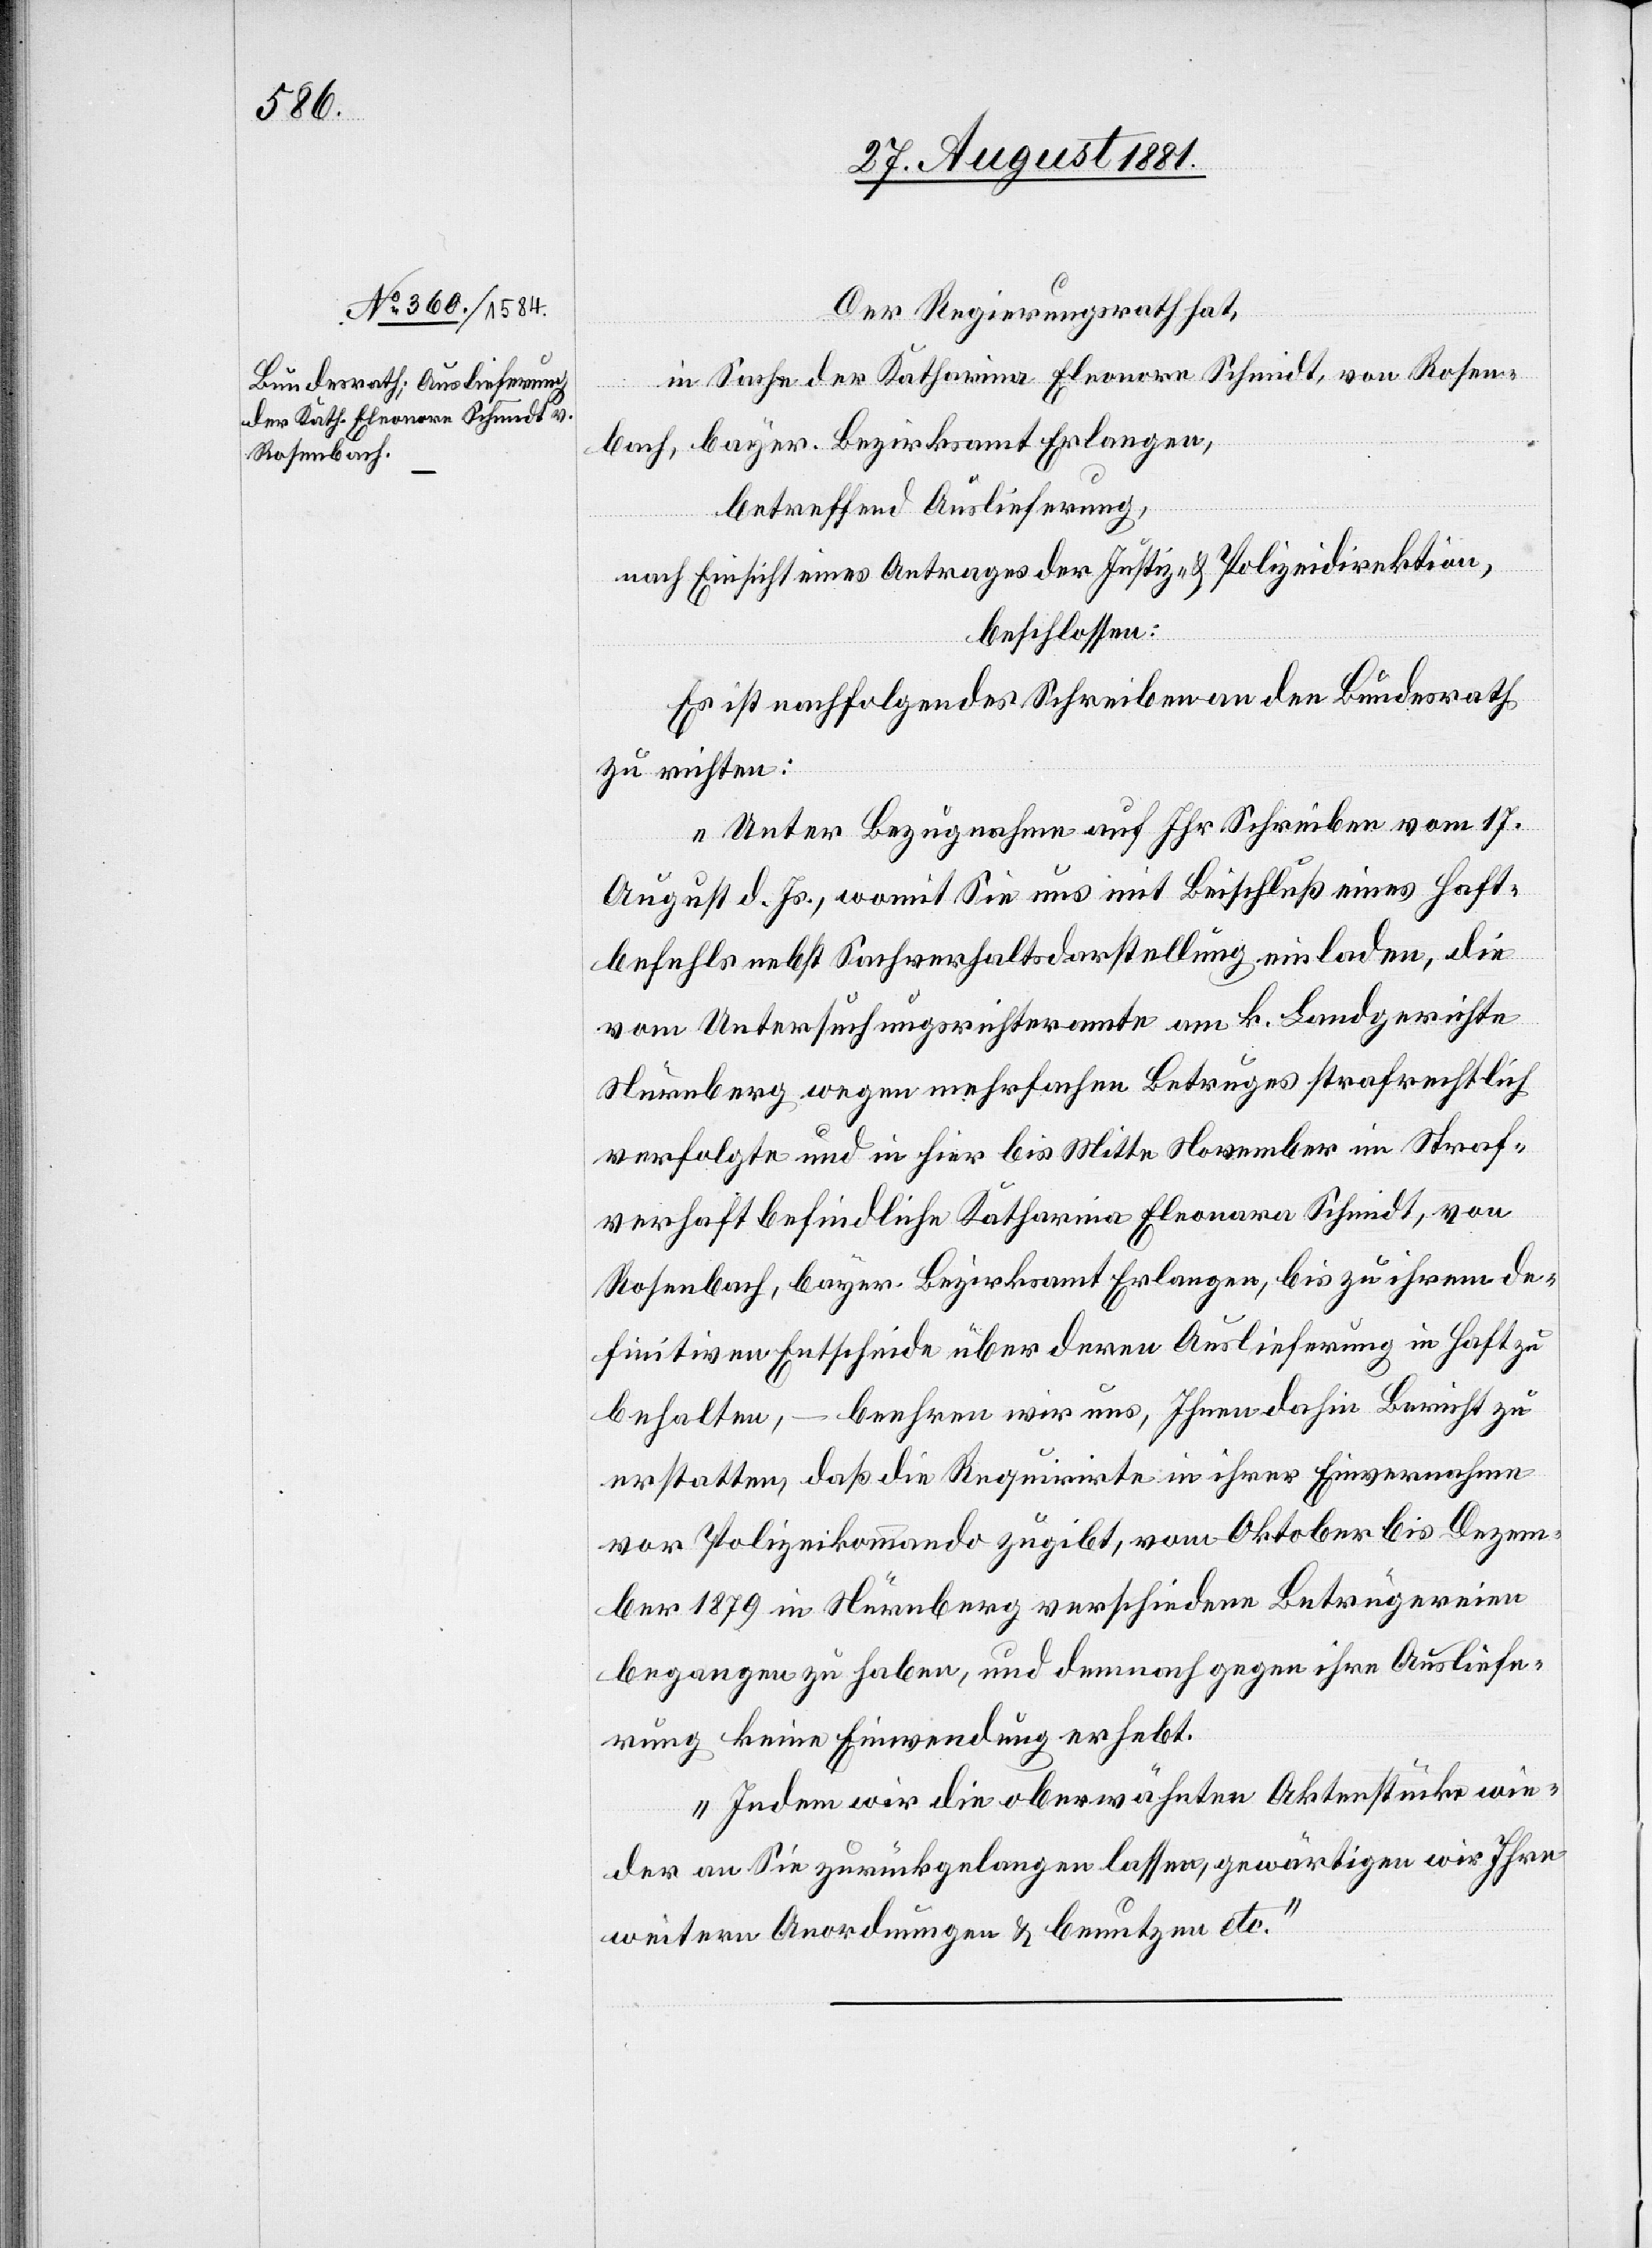
Der Regierungsrath hat,
in Sache der Katharina Eleonora Schmidt, von Rosen¬
bach, bayer. Bezirksamt Erlangen,
betreffend Auslieferung,
nach Einsicht eines Antrages der Justiz- & Polizeidirektion,
beschlossen:
Es ist nachfolgendes Schreiben an den Bundesrath
zu richten:
„Unter Bezugnahme auf Ihr Schreiben vom 17.
August d. Js., womit Sie uns mit Beschluß eines Haft¬
befehls nebst Sachverhaltsdarstellung einladen, die
vom Untersuchungsrichteramte am k. Landgerichte
Nürnberg wegen mehrfachen Betruges strafrechtlich
verfolgte und in hier bis Mitte November im Straf¬
verhaft befindliche Katharina Eleonora Schmidt, von
Rosenbach, bayer. Bezirksamt Erlangen, bis zu ihrem de¬
finitiven Entscheide über deren Auslieferung in Haft zu
behalten, – beehren wir uns, Ihnen dahin Bericht zu
erstatten, daß die Requirite in ihrer Einvernahme
vor Polizeikommando zugibt, vom Oktober bis Dezem¬
ber 1879 in Nürnberg verschiedene Betrügereien
begangen zu haben, und demnach gegen ihre Ausliefe¬
rung keine Einwendung erhebt.
Indem wir die oberwähnten Aktenstücke wie¬
der an Sie zurückgelangen lassen, gegenwärtigen wir Ihre
weitern Anordnungen & benutzen etc.“